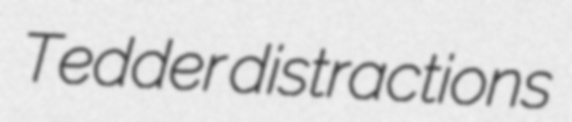
Tedder distractions